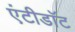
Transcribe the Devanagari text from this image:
एंटीडाॅट